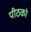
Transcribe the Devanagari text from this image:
पीठको